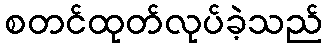
စတင်ထုတ်လုပ်ခဲ့သည်